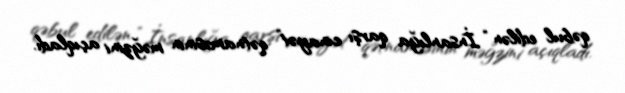
qəbul edilən “İnsanlığa qarşı cinayət” qətnaməsinin məğzini açıqladı.